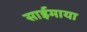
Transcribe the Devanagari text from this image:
साईमाया